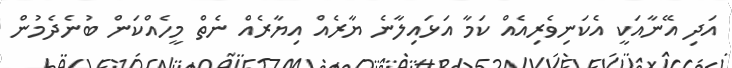
އަދި އޭނާއަކީ އެކަނިވެރިއެއް ކަމާ އަޅައިލާނެ ޔާރެއް އިޔާރެއް ނެތް މީހެއްކަން ބުނެދެމުން